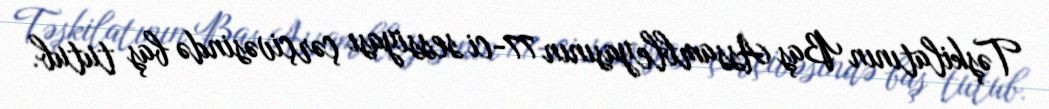
Təşkilatının Baş Assambleyasının 77-ci sessiyası çərçivəsində baş tutub.